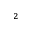
_ 2